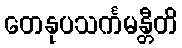
တေနုပသင်္ကမန္တီတိ